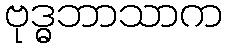
ဗုဒ္ဓဘာသာက